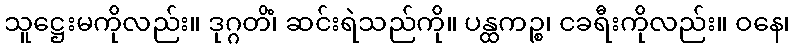
သူဋ္ဌေးမကိုလည်း။ ဒုဂ္ဂတိံ၊ ဆင်းရဲသည်ကို။ ပန္ထကဉ္စ၊ ငခရီးကိုလည်း။ ဝနေ၊